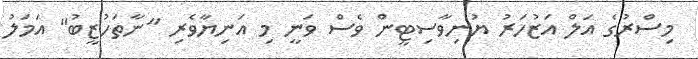
މިސްރުގެ އަލް އަޒުހަރު ޔުނިވާސިޓީން ވެސް ވަނީ މި އަނިޔާވެރި "ނާތަހުޒީބު" އަމަލު